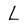
Character: L